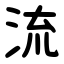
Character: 流